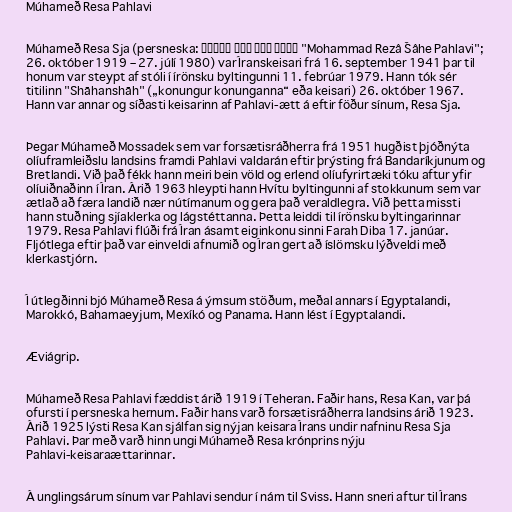
Múhameð Resa Pahlavi

Múhameð Resa Sja (persneska: محمد رضا شاه پهلوی‎‎ "Mohammad Rezâ Šâhe Pahlavi";
26. október 1919 – 27. júlí 1980) var Íranskeisari frá 16. september 1941 þar til
honum var steypt af stóli í írönsku byltingunni 11. febrúar 1979. Hann tók sér
titilinn "Shāhanshāh" („konungur konunganna“ eða keisari) 26. október 1967.
Hann var annar og síðasti keisarinn af Pahlavi-ætt á eftir föður sínum, Resa Sja.

Þegar Múhameð Mossadek sem var forsætisráðherra frá 1951 hugðist þjóðnýta
olíuframleiðslu landsins framdi Pahlavi valdarán eftir þrýsting frá Bandaríkjunum og
Bretlandi. Við það fékk hann meiri bein völd og erlend olíufyrirtæki tóku aftur yfir
olíuiðnaðinn í Íran. Árið 1963 hleypti hann Hvítu byltingunni af stokkunum sem var
ætlað að færa landið nær nútímanum og gera það veraldlegra. Við þetta missti
hann stuðning sjíaklerka og lágstéttanna. Þetta leiddi til írönsku byltingarinnar
1979. Resa Pahlavi flúði frá Íran ásamt eiginkonu sinni Farah Diba 17. janúar.
Fljótlega eftir það var einveldi afnumið og Íran gert að íslömsku lýðveldi með
klerkastjórn.

Í útlegðinni bjó Múhameð Resa á ýmsum stöðum, meðal annars í Egyptalandi,
Marokkó, Bahamaeyjum, Mexíkó og Panama. Hann lést í Egyptalandi.

Æviágrip.

Múhameð Resa Pahlavi fæddist árið 1919 í Teheran. Faðir hans, Resa Kan, var þá
ofursti í persneska hernum. Faðir hans varð forsætisráðherra landsins árið 1923.
Árið 1925 lýsti Resa Kan sjálfan sig nýjan keisara Írans undir nafninu Resa Sja
Pahlavi. Þar með varð hinn ungi Múhameð Resa krónprins nýju
Pahlavi-keisaraættarinnar.

Á unglingsárum sínum var Pahlavi sendur í nám til Sviss. Hann sneri aftur til Írans